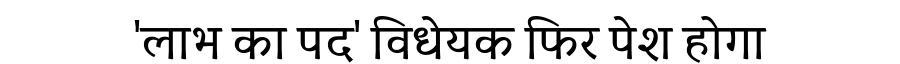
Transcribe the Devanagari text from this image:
'लाभ का पद' विधेयक फिर पेश होगा